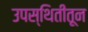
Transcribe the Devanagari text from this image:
उपस्थितीतून